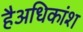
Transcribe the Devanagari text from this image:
हैअधिकांश